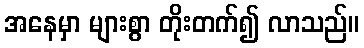
အနေမှာ များစွာ တိုးတက်၍ လာသည်။